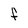
Character: F